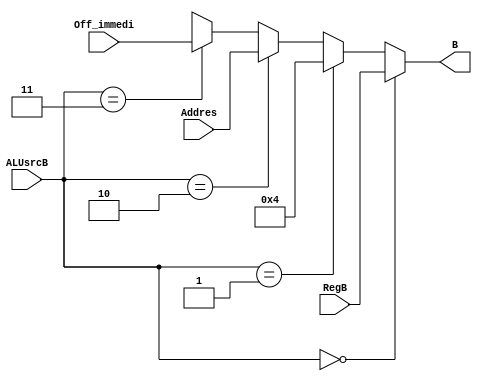
module mux_ALUsrcB (
    input wire [31:0] RegB, Addres, Off_immedi, input wire [1:0] ALUsrcB, output wire [31:0] B);
    
    assign B =  (ALUsrcB == 0)? RegB :
                (ALUsrcB == 1)? 4 : // Quatro
                (ALUsrcB == 2)? Addres :
                (ALUsrcB == 3)? Off_immedi :
                32'hxxxxxxxx; 

endmodule